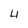
Character: 4